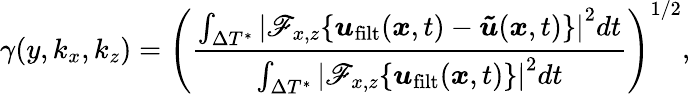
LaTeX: \gamma(y,k_{x},k_{z})=\left(\frac{\int_{\Delta T^{*}}\left|\mathscr{F}_{x,z}\{ \boldsymbol{u}_{\mathrm{filt}}(\boldsymbol{x},t)-\boldsymbol{\tilde{u}}(\boldsymbol{x},t)\} \right|^{2}dt}{\int_{\Delta T^{*}}\left|\mathscr{F}_{x,z}\{ \boldsymbol{u}_{\mathrm{filt}}(\boldsymbol{x},t)\} \right|^{2}dt}\right)^{1/2},